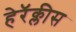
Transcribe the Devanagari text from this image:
हेरॅक्लीस